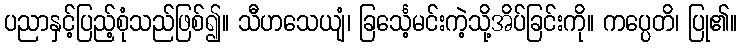
ပညာနှင့်ပြည့်စုံသည်ဖြစ်၍။ သီဟသေယျံ၊ ခြင်္သေ့မင်းကဲ့သို့အိပ်ခြင်းကို။ ကပ္ပေတိ၊ ပြု၏။